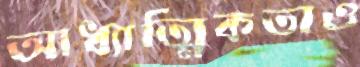
আধ্যাত্মিকতাও